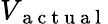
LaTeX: V_{\mathrm{~a~c~t~u~a~l~}}